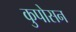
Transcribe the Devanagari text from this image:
कुपोसन